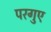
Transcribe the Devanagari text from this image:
परगुए